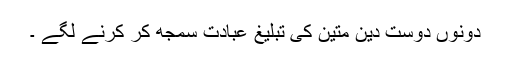
دونوں دوست دین متین کی تبلیغ عبادت سمجھ کر کرنے لگے ۔